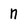
Character: n